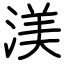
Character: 渼